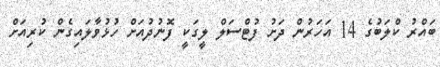
ބައްރު ކްލަބުގެ 14 އަހަރުން ދަށު ފުޓްސަލް ލީގަކީ ފޮނުދުއަށް ހުޅުވާލައިގެން ކުރިއަށް